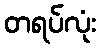
တရပ်လုံး